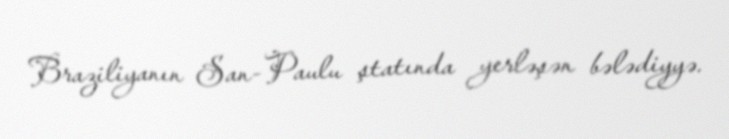
Braziliyanın San-Paulu ştatında yerləşən bələdiyyə.